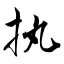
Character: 执